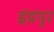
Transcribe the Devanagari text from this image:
इंद्रपूर